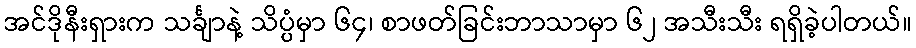
အင်ဒိုနီးရှားက သင်္ချာနဲ့ သိပ္ပံမှာ ၆၄၊ စာဖတ်ခြင်းဘာသာမှာ ၆၂ အသီးသီး ရရှိခဲ့ပါတယ်။